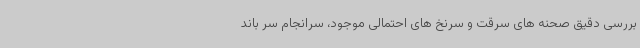
بررسی دقیق صحنه های سرقت و سرنخ های احتمالی موجود، سرانجام سر باند